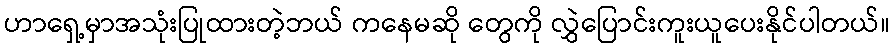
ဟာရှေ့မှာအသုံးပြုထားတဲ့ဘယ် ကနေမဆို တွေကို လွှဲပြောင်းကူးယူပေးနိုင်ပါတယ်။